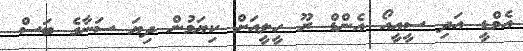
އެމްޑީ އަދި ސީއީއޯ އެންޑް ރޫ ހީލީއަށް ކިޔަމުން ދިޔަ ސަނާގެ ބަސް